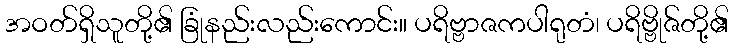
အဝတ်ရှိသူတို့၏ ခြုံနည်းလည်းကောင်း။ ပရိဗ္ဗာဇကပါရုတံ၊ ပရိဗ္ဗိုဇ်တို့၏